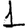
Digit: 1